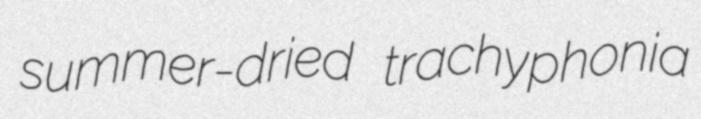
summer-dried trachyphonia